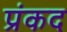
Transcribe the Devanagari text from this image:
प्रंकद